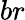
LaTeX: br